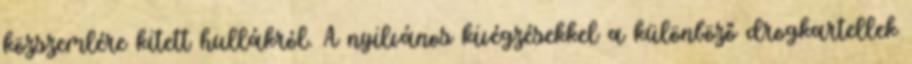
közszemlére kitett hullákról. A nyilvános kivégzésekkel a különböző drogkartellek